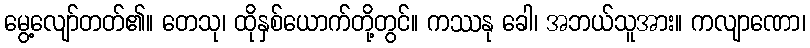
မွေ့လျော်တတ်၏။ တေသု၊ ထိုနှစ်ယောက်တို့တွင်။ ကဿနု ခေါ၊ အဘယ်သူအား။ ကလျာဏော၊